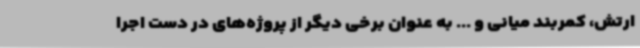
ارتش، کمربند میانی و ... به عنوان برخی دیگر از پروژه‌های در دست اجرا